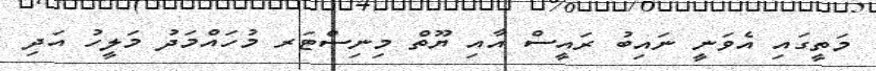
މަތީގައި އެވަނީ ނައިބު ރައީސް އާއި ޔޫތް މިނިސްޓަރ މުހައްމަދު މަލީހު އަދި